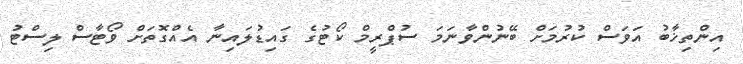
އިންތިޚާބު އަވަސް ކުރުމަށް ބޭނުންވާނަމަ ސުޕްރީމް ކޯޓުގެ ގައިޑުލައިނާ އެއްގޮތަށް ވޯޓާސް ލިސްޓު